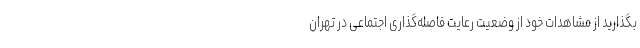
بگذارید از مشاهدات خود از وضعیت رعایت فاصله‌گذاری اجتماعی در تهران